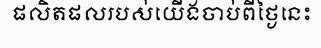
ផលិតផលរបស់យើងចាប់ពីថ្ងៃនេះ